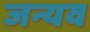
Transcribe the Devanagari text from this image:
जन्यव